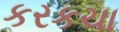
કરકચા